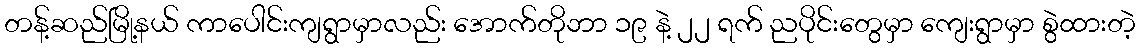
တန့်ဆည်မြို့နယ် ကာပေါင်းကျရွာမှာလည်း အောက်တိုဘာ ၁၉ နဲ့ ၂၂ ရက် ညပိုင်းတွေမှာ ကျေးရွာမှာ စွဲထားတဲ့